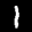
Label: 1